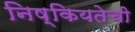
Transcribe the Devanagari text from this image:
निष्कियतेची